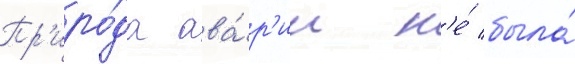
Пр'иро́да ава́р'ии н'е́ была́